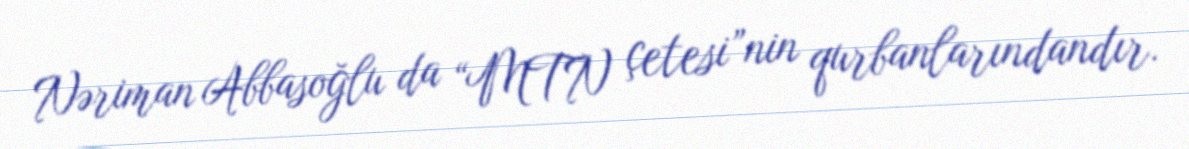
Nəriman Abbasoğlu da “MTN çetesi”nin qurbanlarındandır.